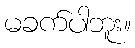
မခက်ပါဘူး။